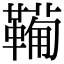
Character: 𩍁